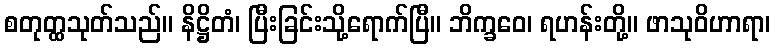
စတုတ္ထသုတ်သည်။ နိဋ္ဌိတံ၊ ပြီးခြင်းသို့ရောက်ပြီ။ ဘိက္ခဝေ၊ ရဟန်းတို့။ ဖာသုဝိဟာရာ၊